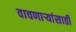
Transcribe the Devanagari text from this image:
वाचणाऱ्यांसाठी